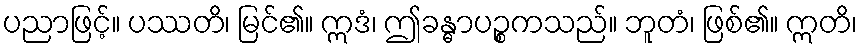
ပညာဖြင့်။ ပဿတိ၊ မြင်၏။ ဣဒံ၊ ဤခန္ဓာပဉ္စကသည်။ ဘူတံ၊ ဖြစ်၏။ ဣတိ၊